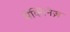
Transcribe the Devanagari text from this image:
मेक्गिनेज़